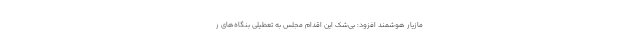
مازیار هوشمند افزود: بی­‌شک این اقدام مجلس به تعطیلی بنگاه­‌های ر